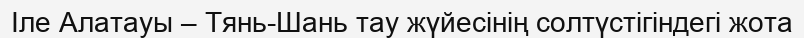
Іле Алатауы – Тянь-Шань тау жүйесінің солтүстігіндегі жота